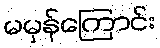
မမှန်ကြောင်း